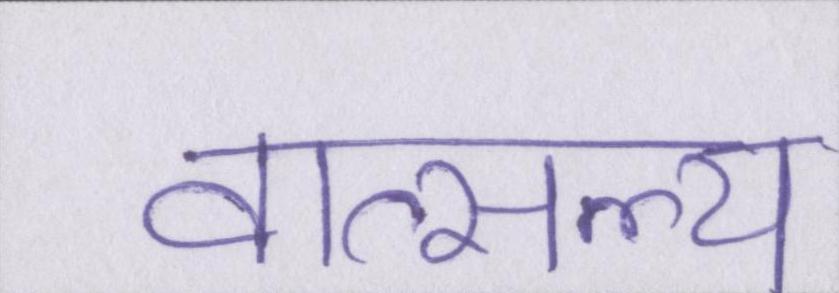
वात्सल्य